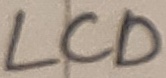
Text: LCD